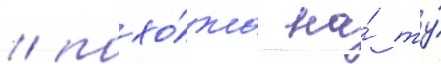
/ похо́жа на́ ту́